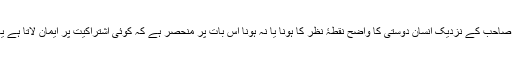
ڈاکٹر صاحب کے نزدیک انسان دوستی کا واضح نقطۂ نظر کا ہونا یا نہ ہونا اس بات پر منحصر ہے کہ کوئی اشتراکیت پر ایمان لاتا ہے یا نہیں۔